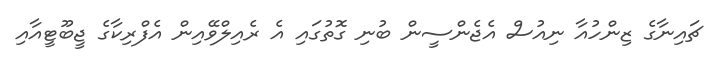
ޗައިނާގެ ޒިންހުއާ ނިއުސް އެޖެންސީން ބުނި ގޮތުގައި އެ ރެއިލްވޭއިން އެފްރިކާގެ ޖީބޫޓީއާއި